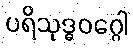
ပရိသုဒ္ဓဝဂ္ဂေါ